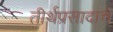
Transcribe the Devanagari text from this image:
तीर्थप्रसादाचे